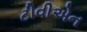
ટીવીએન